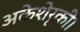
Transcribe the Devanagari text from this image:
अकेशेरूकी।